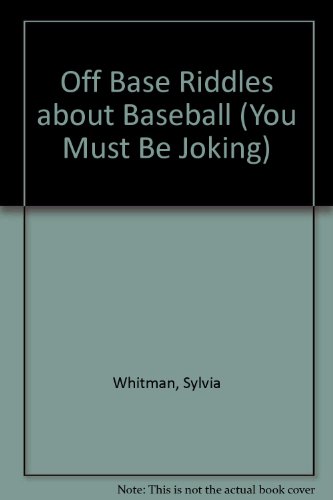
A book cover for Off Base: Riddles About Baseball (You Must Be Joking); Rick Walton; Teen & Young Adult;